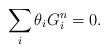
LaTeX: \begin{align*}\sum_{i}\theta_iG^n_i=0.\end{align*}